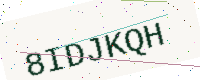
Text: 8IDJKQH